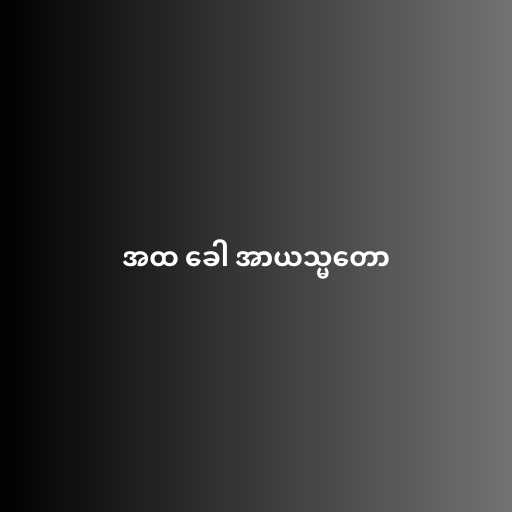
အထ ခေါ အာယသ္မတော